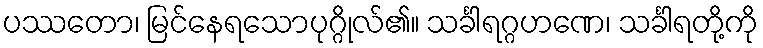
ပဿတော၊ မြင်နေရသောပုဂ္ဂိုလ်၏။ သင်္ခါရဂ္ဂဟဏေ၊ သင်္ခါရတို့ကို